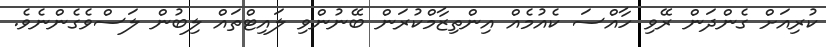
ކުރިއަށް ގެންދަން ރޭވި ހާއްސަ ކެއުމެއް އިންތިޒާމްކުރަން ބޭނުންވި ލައިޓްތައް ލިބުން ލަސްވެގެންނެވެ.